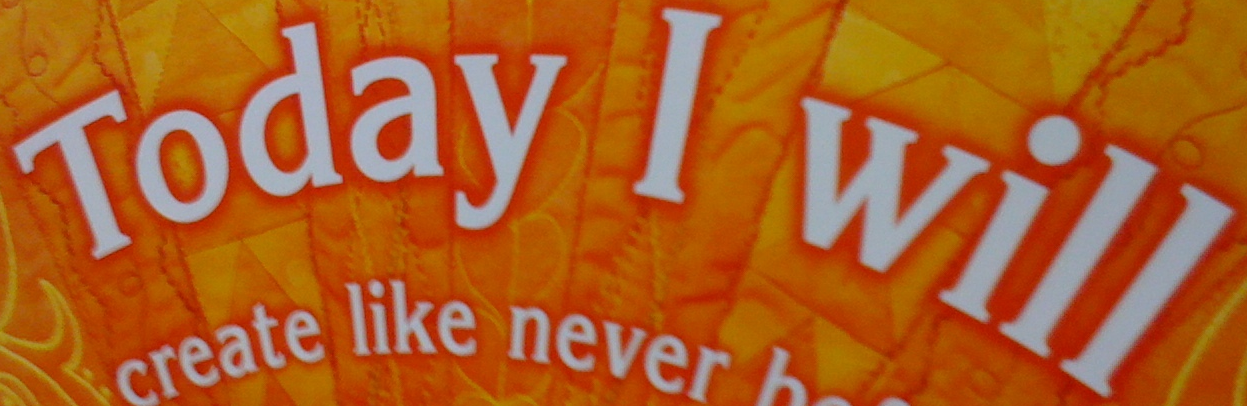
Today I will